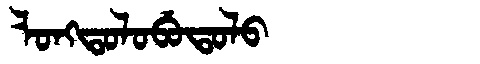
Manchu: ᠯᠣᠩᡨᠣᠯᠣᠪᡠᡨᠣᠯᠣ
Romanization: LONGTOLOBUTOLO